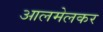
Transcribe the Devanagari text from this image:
आलमेलकर